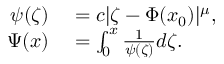
\begin{array} { r l } { \psi ( \zeta ) } & { { } = c | \zeta - \Phi ( { \boldsymbol x } _ { 0 } ) | ^ { \mu } , } \\ { \Psi ( x ) } & { { } = \int _ { 0 } ^ { x } \frac { 1 } { \psi ( \zeta ) } d \zeta . } \end{array}